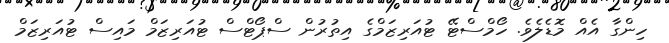
ހިންގާ އެއް މޮޑެލެވެ. ހޯމްސްޓޭ ޓުއަރިޒަމްގެ އިތުރުން ސްޕޯޓްސް ޓުއަރިޒަމް މައިސް ޓުއަރިޒަމް